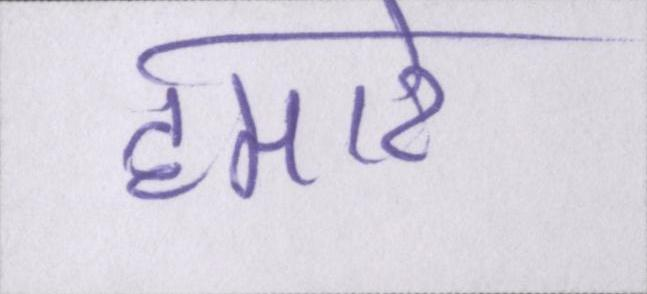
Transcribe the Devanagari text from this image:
हमारे